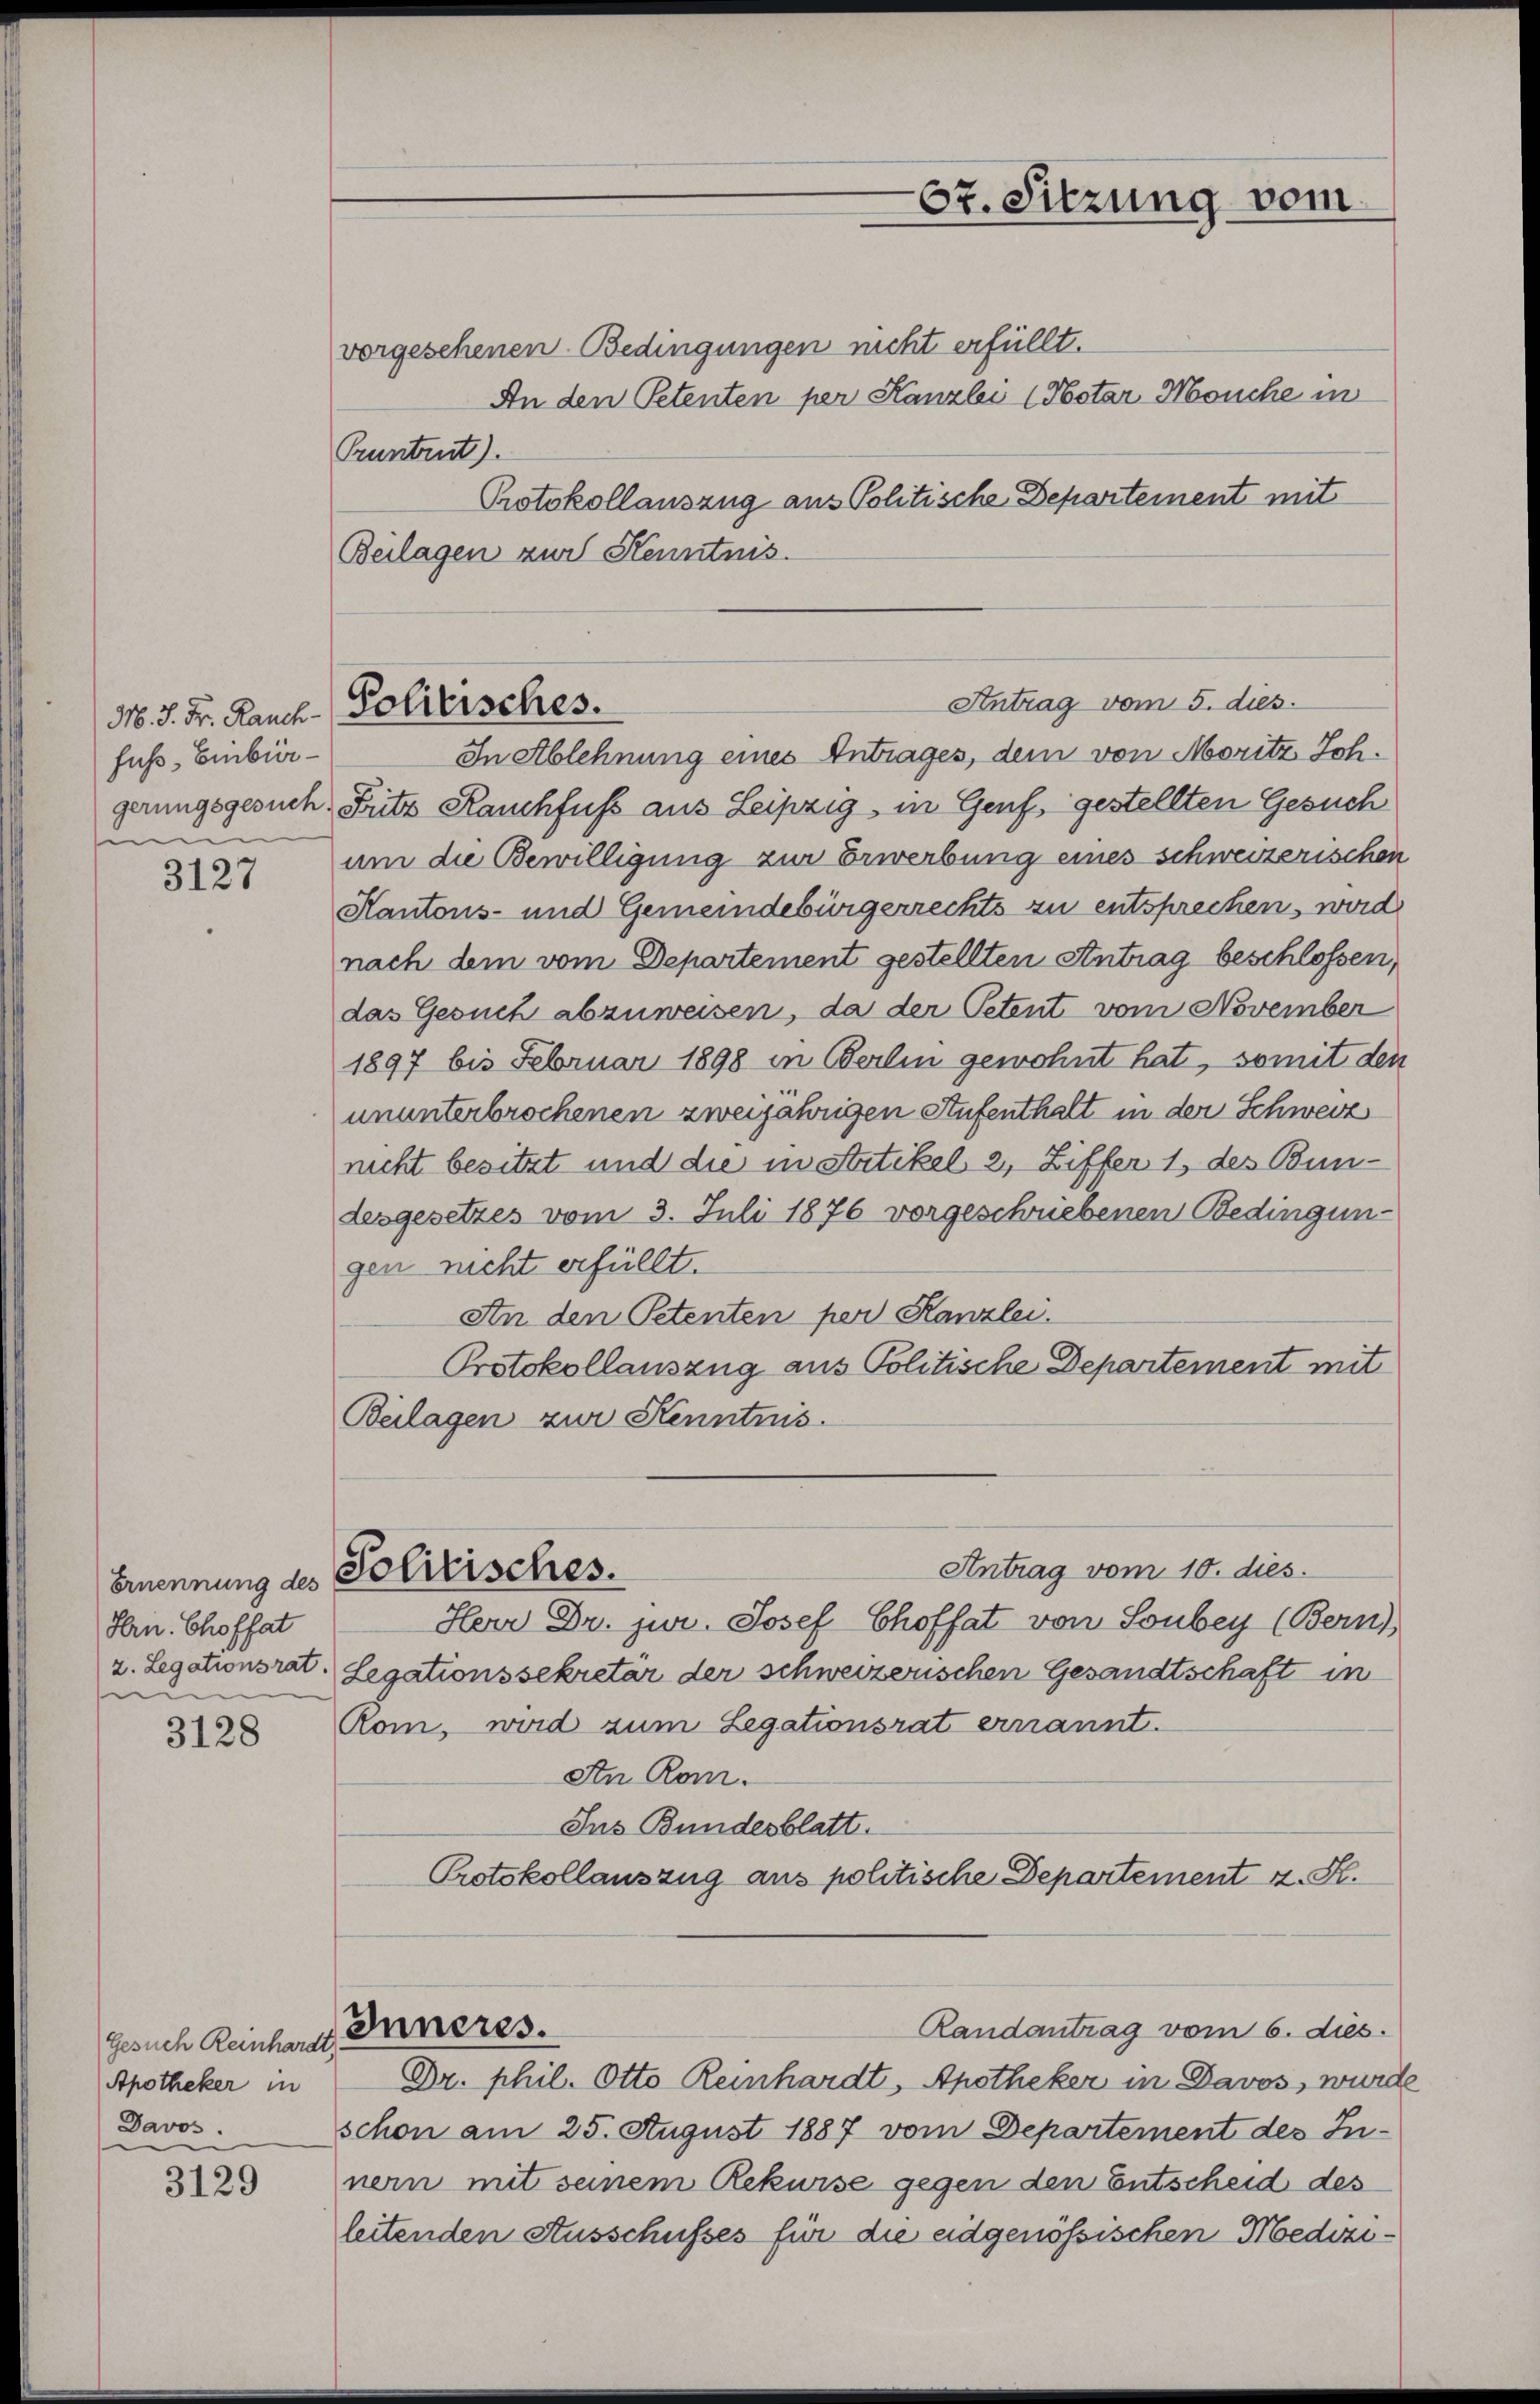
M. J. Fr. Rauch-
fuß, Einbürgerungsgesuch
m

3127

Hrn. Choffat
2. Legationsrat.
i

3128

gesuch Reinhardt.
Apotheker in
Davos.

3129

Politisches.

vorgesehenen Bedingungen nicht erfüllt.
An den Petenten per Kanzlei (Notar Mouche in
Pruntrut).
Protokollauszug aus Politische Departement mit
Beilagen zur Kenntnis.
In Ablehnung eines Antrages, dem von Moritz Sch.
Fritz Rauchfuß aus Leipzig, in Genf gestellten Gesuch
um die Bewilligung zur Erwerbung eines schweizerischen
Kantons- und Gemeindebürgerrechts zu entsprechen, wird
nach dem vom Departement gestellten Antrag beschlossen,
das Gesuch abzuweisen, da der Petent vom November
1897 bis Februar 1898 in Berlin gewohnt hat, somit den
ununterbrochenen zweijährigen Aufenthalt in der Schweiz
nicht besitzt und die in Strtikel 2, Ziffer 1, des Bundesgesetzes vom 3. Juli 1876 vorgeschriebenen Bedingungen nicht erfüllt.
An den Petenten per Kanzlei.
Protokollauszug aus Politische Departement mit
Beilagen zur Kenntnis.
Antrag vom 10. dies
Ernennung des Politisches.
Herr Dr. jur. Josef Choffat von Sonbey (Bern)
Legationssekretär der schweizerischen Gesandtschaft in
Rom, wird zum Legationsrat ernannt.
An Rom.
Jus Bundesblatt.
Protokollauszug aus politische Departement u. S.
Inneres.
Randantrag vom 6. dies.
Dr. phil. Otto Reinhardt, Apotheker in Davos, wurde
schon am 25. August 1887 vom Departement des Innern mit seinem Rekurse gegen den Entscheid des
leitenden Ausschusses für die eidgenößischen Medizi¬

67. Sitzung vom

Antrag vom 5. dies